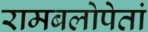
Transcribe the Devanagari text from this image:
रामबलोपेतां